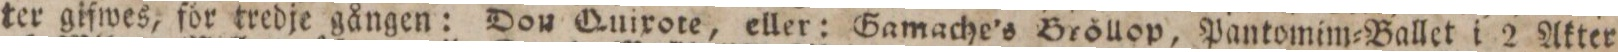
ter glfwes, för tredje gången: Don Quixote, eller: Gamache’s Bröllop, Pantomim=Ballet i 2 Akter